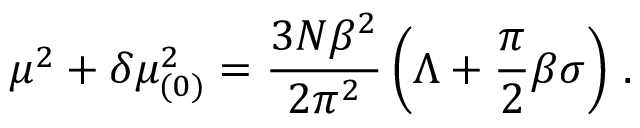
\mu ^ { 2 } + \delta \mu _ { ( 0 ) } ^ { 2 } = \frac { 3 N \beta ^ { 2 } } { 2 \pi ^ { 2 } } \left( \Lambda + \frac { \pi } { 2 } \beta \sigma \right) \, .